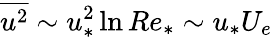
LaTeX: \overline{{u^{2}}}\sim u_{*}^{2}\ln Re_{*}\sim u_{*}U_{e}